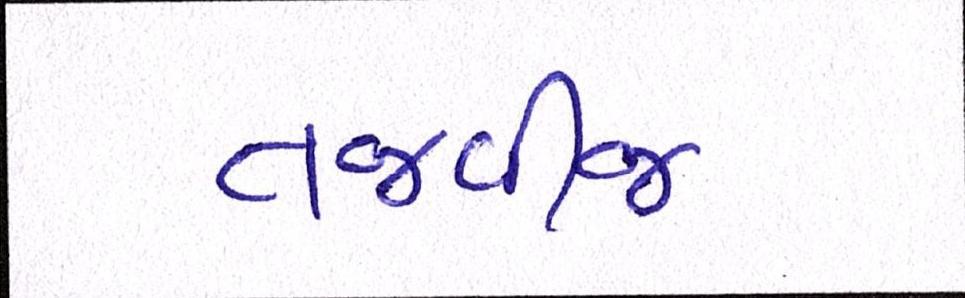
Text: તજવીજ